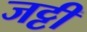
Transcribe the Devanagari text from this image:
जट्टी